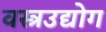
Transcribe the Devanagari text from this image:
वस्त्रउद्योग